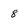
Character: 8